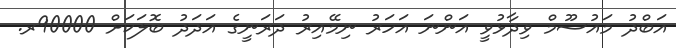
އަބްދު މައުސޫމް ވިދާޅުވީ އަންނަ އަހަރު ނިމޭއިރު ދަރަނީގެ އަދަދު ބޮލަކަށް 90000ރ.